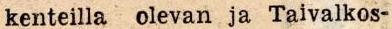
kenteilla  olevan ja Taivalkos-